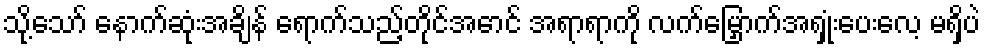
သို့သော် နောက်ဆုံးအချိန် ရောက်သည့်တိုင်အောင် အရာရာကို လက်မြှောက်အရှုံးပေးလေ့ မရှိပဲ